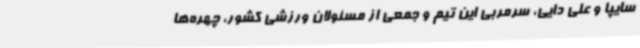
سایپا و علی دایی، سرمربی این تیم و جمعی از مسئولان ورزشی کشور، چهره‌ها